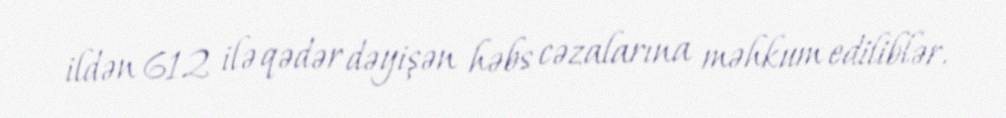
ildən 612 ilə qədər dəyişən həbs cəzalarına məhkum ediliblər.